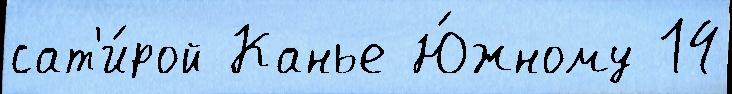
сат'и́рой Канье Ю́жному 14